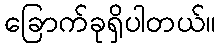
ခြောက်ခုရှိပါတယ်။